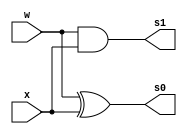
// ------------------------- 
// Exemplo0025 - C2 
// Nome: Pedro Henrique Vilar Locatelli 
// ------------------------- 
// ------------------------- 
		module halfAdder (output s0, 
								output s1,
		                  input w,  
		                  input x); 
		
		xor (s0, w, x);
		and (s1, w, x);
		 
		endmodule // halfAdder 

		module fullAdder (output s0, 
								output s1,
		                  input w,  
		                  input x,  
		                  input ci);
			wire sxor,sand1,sand2;				
						 
			halfAdder ha1(sxor,sand1,w,x);
			halfAdder ha2(s0,sand2,ci,sxor);
			or (s1, sand1, sand2);

		endmodule // fullAdder 

		module complementoDe1 (output [5:0] s0,
				                   input [5:0] x);
			not (s0[0], x[0]);
			not (s0[1], x[1]);
			not (s0[2], x[2]);
			not (s0[3], x[3]);
			not (s0[4], x[4]);
			not (s0[5], x[5]);
		 
		endmodule //  
		
		module complementoDe2 (output [5:0] s0f,
				                 input [5:0] x);
		 wire [5:0] enter;
		
		 complementoDe1 c1 (enter, x);
		 
		reg vazio = 0;
		wire carry1; 
		wire carry2; 
		wire carry3; 
		wire carry4; 
		wire carry5; 
		wire s1f;
		
		fullAdder fa1 (s0f[0], carry1, x[0], enter[0], vazio);
		fullAdder fa2 (s0f[1], carry2, x[1], enter[1], carry1);
		fullAdder fa3 (s0f[2], carry3, x[2], enter[2], carry2);
		fullAdder fa4 (s0f[3], carry4, x[3], enter[3], carry3);
		fullAdder fa5 (s0f[4], carry5, x[4], enter[4], carry4);
		fullAdder fa6 (s0f[5], s1f, x[5], enter[5], carry5);
		 
		 
		endmodule //  
		
	module test_fullAdder; 
// ------------------------- definir dados 
		reg [5:0] y; 
		wire [5:0] s0f;
		
		complementoDe2 c2 (s0f, y);
		
// ------------------------- parte principal 
	initial begin 
		$display("Exemplo0025 - Pedro Henrique Vilar Locatelli - 427453"); 
		$display("Test ALU's c2"); 
		
		// projetar testes do somador complete
		
		#1 y = 6'b000001;
				
		$monitor("complemento de 2 de %b = %b", y, s0f ); 
		
		#2 y = 6'b000100;
		#3 y = 6'b010000;
		
	end 
endmodule // test_fullAdder